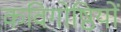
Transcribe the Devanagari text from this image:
कविगोष्ठियों